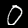
Label: 0